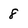
Character: 8